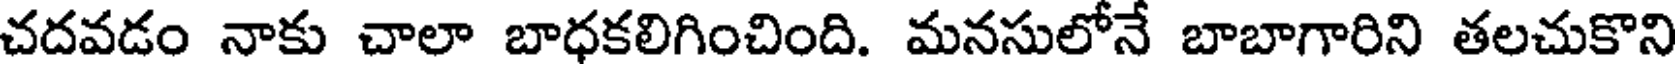
చదవడం నాకు చాలా బాధకలిగించింది. మనసులోనే బాబాగారిని తలచుకొని